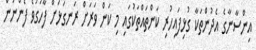
އިންސާނާގެ އެދުންތަކާ ގުޅިފައިހުރި ކަންތައްތަކުގައި މި ކަން ވަރަށް ރަނގަޅަށް ފާހަގަވެ ފެންނަން